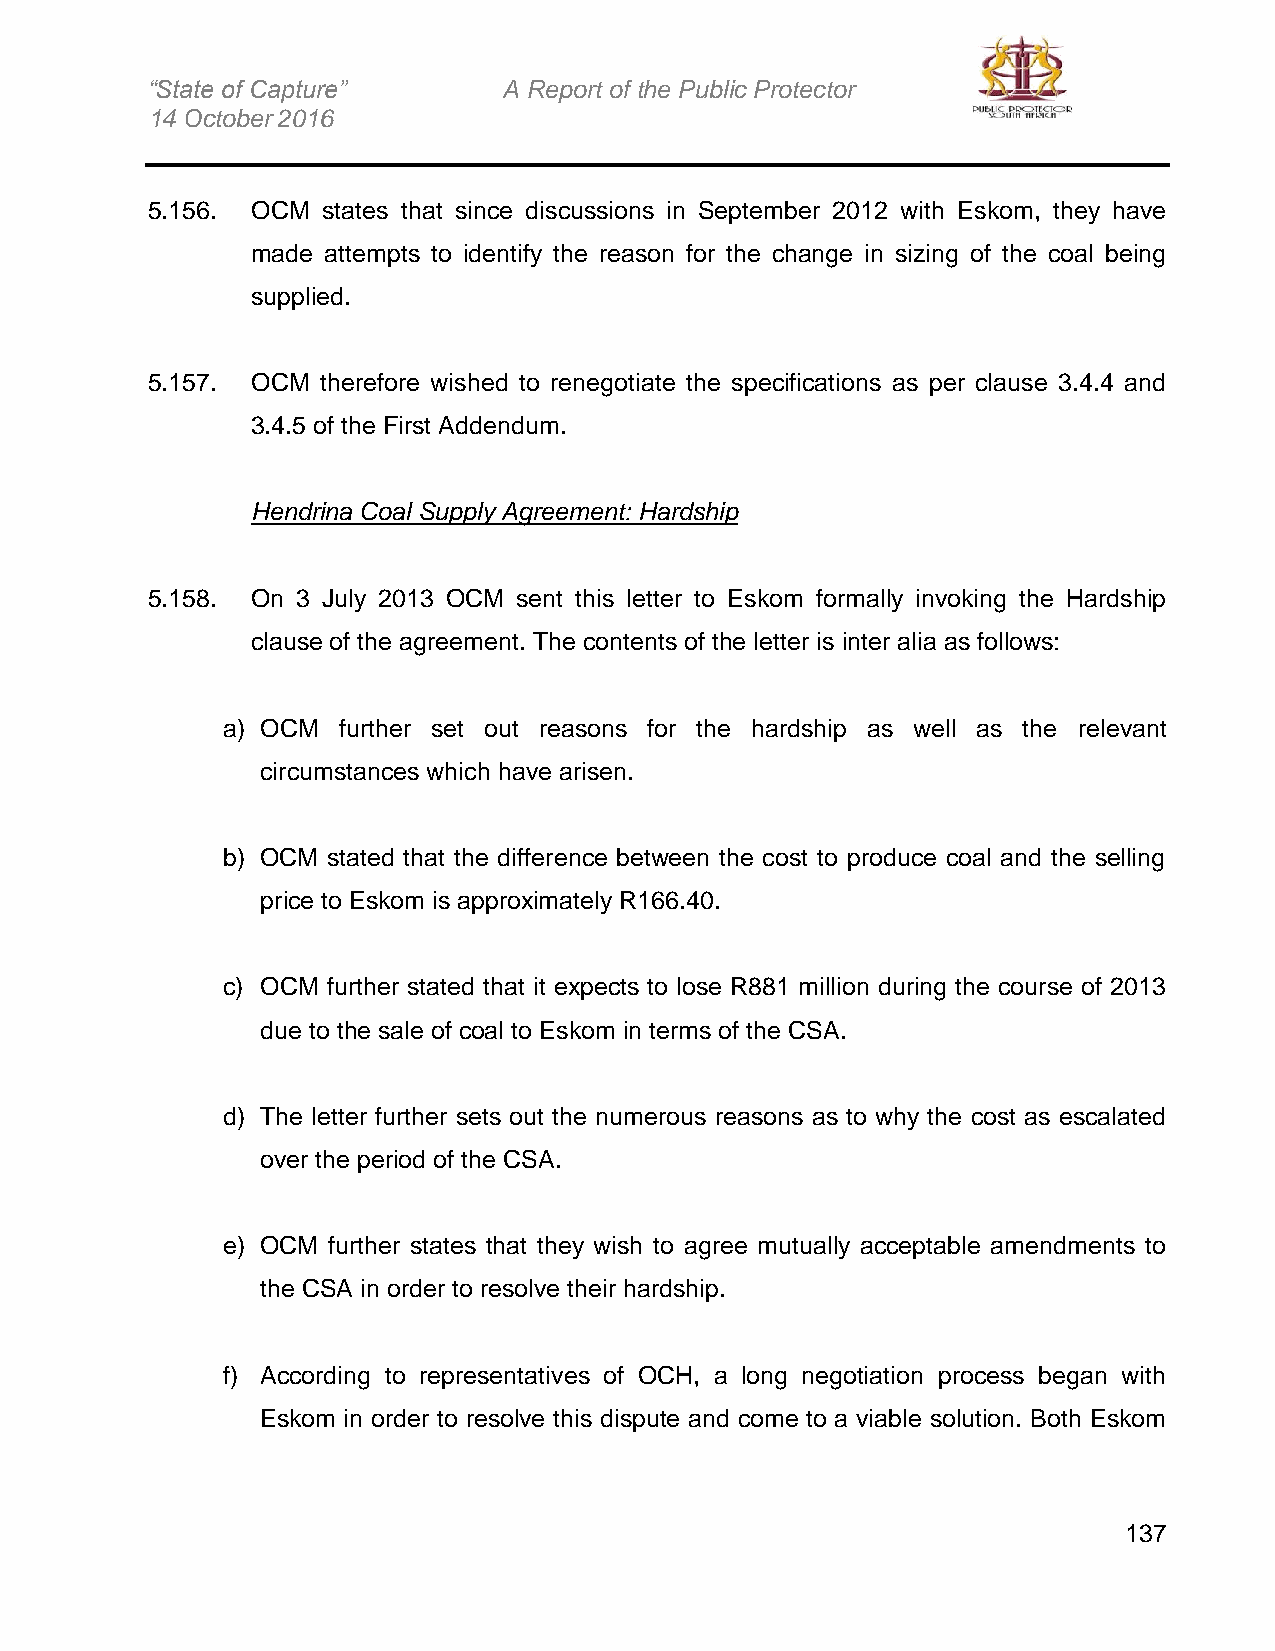
“State of Capture”     A Report of the Public Protector
 14 October 2016
 5.156. OCM states that since discussions in September 2012 with Eskom, they have
 made attempts to identify the reason for the change in sizing of the coal being
 supplied.
 5.157. OCM therefore wished to renegotiate the specifications as per clause 3.4.4 and
 3.4.5 of the First Addendum.
 Hendrina Coal Supply Agreement: Hardship
 5.158. On 3 July 2013 OCM sent this letter to Eskom formally invoking the Hardship
 clause of the agreement. The contents of the letter is inter alia as follows:
 a) OCM further set out reasons for the hardship as well as the relevant
 circumstances which have arisen.
 b) OCM stated that the difference between the cost to produce coal and the selling
 price to Eskom is approximately R166.40.
 c) OCM further stated that it expects to lose R881 million during the course of 2013
 due to the sale of coal to Eskom in terms of the CSA.
 d) The letter further sets out the numerous reasons as to why the cost as escalated
 over the period of the CSA.
 e) OCM further states that they wish to agree mutually acceptable amendments to
 the CSA in order to resolve their hardship.
 f) According to representatives of OCH, a long negotiation process began with
 Eskom in order to resolve this dispute and come to a viable solution. Both Eskom
 137